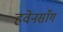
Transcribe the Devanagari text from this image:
हवेनसाँग